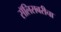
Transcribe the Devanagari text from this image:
सॅलिसबरीचा